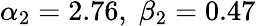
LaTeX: \alpha_{2}=2.76,\; \beta_{2}=0.47